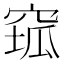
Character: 𱷆